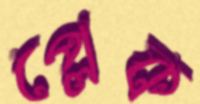
প্লেক